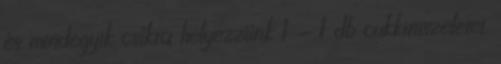
és mindegyik csíkra helyezzünk 1 - 1 db cukkiniszeletet.